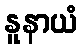
နူနာယံ